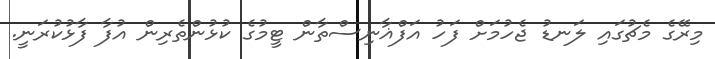
މިރޭގެ މެޗުގައި ލަނޑު ޖެހުމަށް ފަހު އަފްޣާނިސްތާން ޓީމުގެ ކުޅުންތެރިން އުފާ ފާޅުކުރަނީ.